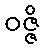
ဝဇ္ဇိ